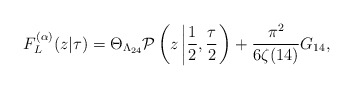
\begin{align*}F_{L}^{(\alpha)}(z|\tau)=\Theta_{\Lambda_{24}}{\cal P}\left(z\left|\frac{1}{2},\frac{\tau}{2}\right.\right)+\frac{\pi^{2}}{6\zeta(14)}G_{14},\end{align*}